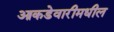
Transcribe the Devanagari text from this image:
आकडेवारीमधील